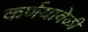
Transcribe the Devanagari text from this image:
कर्णयावेळी